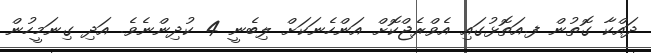
ދައްކާ ގޮތުން ފ.އަތޮޅުގައި އެވްރެޖްކޮށް އަންހެނަކަށް ލިބެނީ 4 ކުދިންނެވެ. އަދި ގިނަމީހުން